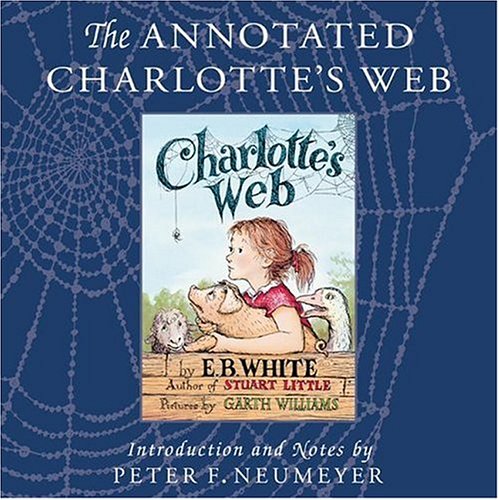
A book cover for The Annotated Charlotte's Web; E. B. White; Teen & Young Adult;